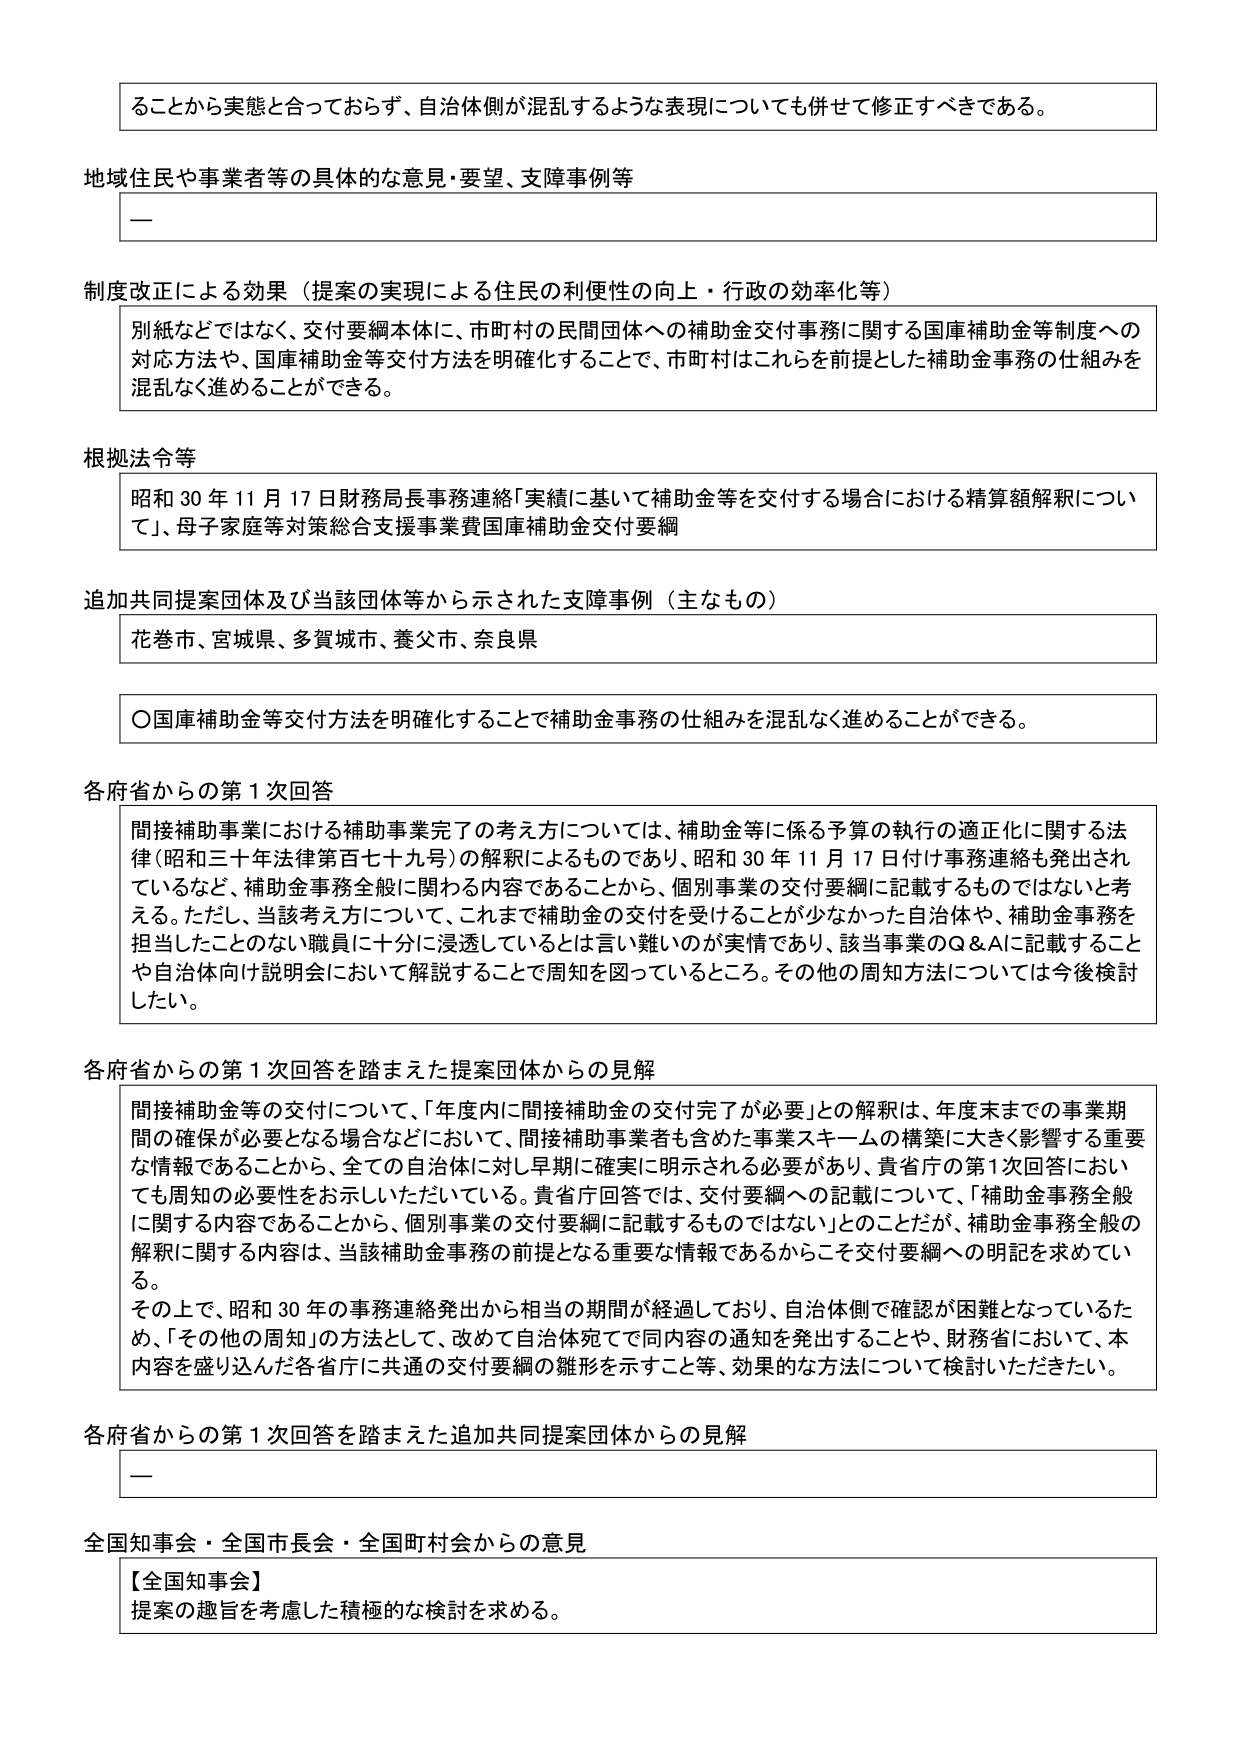
ることから実態と合っておらず、自治体側が混乱するような表現についても併せて修正すべきである。

地域住民や事業者等の具体的な意見・要望、支障事例等
—

制度改正による効果（提案の実現による住民の利便性の向上・行政の効率化等）
別紙などではなく、交付要綱本体に、市町村の民間団体への補助金交付事務に関する国庫補助金等制度への対応方法や、国庫補助金等交付方法を明確化することで、市町村はこれらを前提とした補助金事務の仕組みを混乱なく進めることができる。

根拠法令等
昭和30年11月17日財務局長事務連絡「実績に基づいて補助金等を交付する場合における精算額解釈について」、母子家庭等対策総合支援事業費国庫補助金交付要綱

追加共同提案団体及び当該団体等から示された支障事例（主なもの）
花巻市、宮城県、多賀城市、養父市、奈良県

〇国庫補助金等交付方法を明確化することで補助金事務の仕組みを混乱なく進めることができる。

各府省からの第1次回答
間接補助事業における補助事業完了の考え方については、補助金等に係る予算の執行の適正化に関する法律（昭和三十年法律第百七十九号）の解釈によるものであり、昭和30年11月17日付け事務連絡も発出されているなど、補助金事務全般に関わる内容であることから、個別事業の交付要綱に記載するものではないと考える。ただし、当該考え方について、これまで補助金の交付を受けることが少なかった自治体や、補助金事務を担当したことのない職員に十分に浸透しているとは言い難いのが実情であり、該当事業のQ&Aに記載することや自治体向け説明会において解説することで周知を図っているところ。その他の周知方法については今後検討したい。

各府省からの第1次回答を踏まえた提案団体からの見解
間接補助金等の交付について、「年度内に間接補助金の交付完了が必要」との解釈は、年度末までの事業期間の確保が必要となる場合などにおいて、間接補助事業者も含めた事業スキームの構築に大きく影響する重要な情報であることから、全ての自治体に対し早期に確実に明示される必要があり、貴省庁の第1次回答においても周知の必要性をお示しいただいている。貴省庁回答では、交付要綱への記載について、「補助金事務全般に関する内容であることから、個別事業の交付要綱に記載するものではない」とのことだが、補助金事務全般の解釈に関する内容は、当該補助金事務の前提となる重要な情報であるからこそ交付要綱への明記を求めている。
その上で、昭和30年の事務連絡発出から相当の期間が経過しており、自治体側で確認が困難となっているため、「その他の周知」の方法として、改めて自治体宛て同内容の通知を発出することや、財務省において、本内容を盛り込んだ各省庁に共通の交付要綱の雛形を示すこと等、効果的な方法について検討いただきたい。

各府省からの第1次回答を踏まえた追加共同提案団体からの見解
—

全国知事会・全国市長会・全国町村会からの意見
【全国知事会】
提案の趣旨を考慮した積極的な検討を求める。